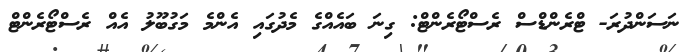
ނަސަންދުރަ- ޓްރެންޑްސް ރެސްޓޯރެންޓް: ގިނަ ބައެއްގެ މެދުގައި އެންމެ މަގުބޫލު އެއް ރެސްޓޯރެންޓް